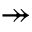
\twoheadrightarrow